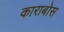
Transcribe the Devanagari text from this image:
काराबोस